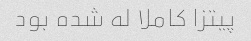
پیتزا کاملا له شده بود